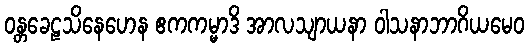
ဝန္တခေဠသိနေဟေန ဧကကမ္မာဒိ အာလသျာယနာ ဝါသနာဘာဂိယမေဝ